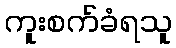
ကူးစက်ခံရသူ